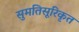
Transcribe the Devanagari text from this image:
सुमतिसूरिकृत